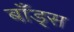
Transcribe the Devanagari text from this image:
बाँड्स